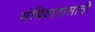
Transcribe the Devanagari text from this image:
संधिवातासाठी